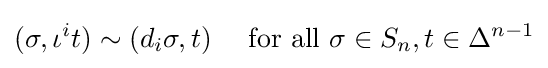
(\sigma ,\iota ^{i}t)\sim (d_{i}\sigma ,t)\quad {\text{ for all }}\sigma \in S_{n},t\in \Delta ^{n-1}